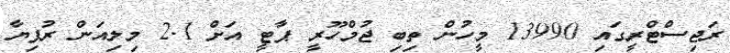
ރަޖިސްޓްރީގައި 13990 މީހުން ތިބި ޖުމްހޫރީ ޕާޓީ އަށް 2.1 މިލިއަން ރުފިޔާ